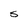
Character: S